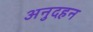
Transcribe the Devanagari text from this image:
अनुदहन